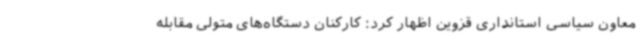
معاون سیاسی استانداری قزوین اظهار کرد: کارکنان دستگاه‌های متولی مقابله